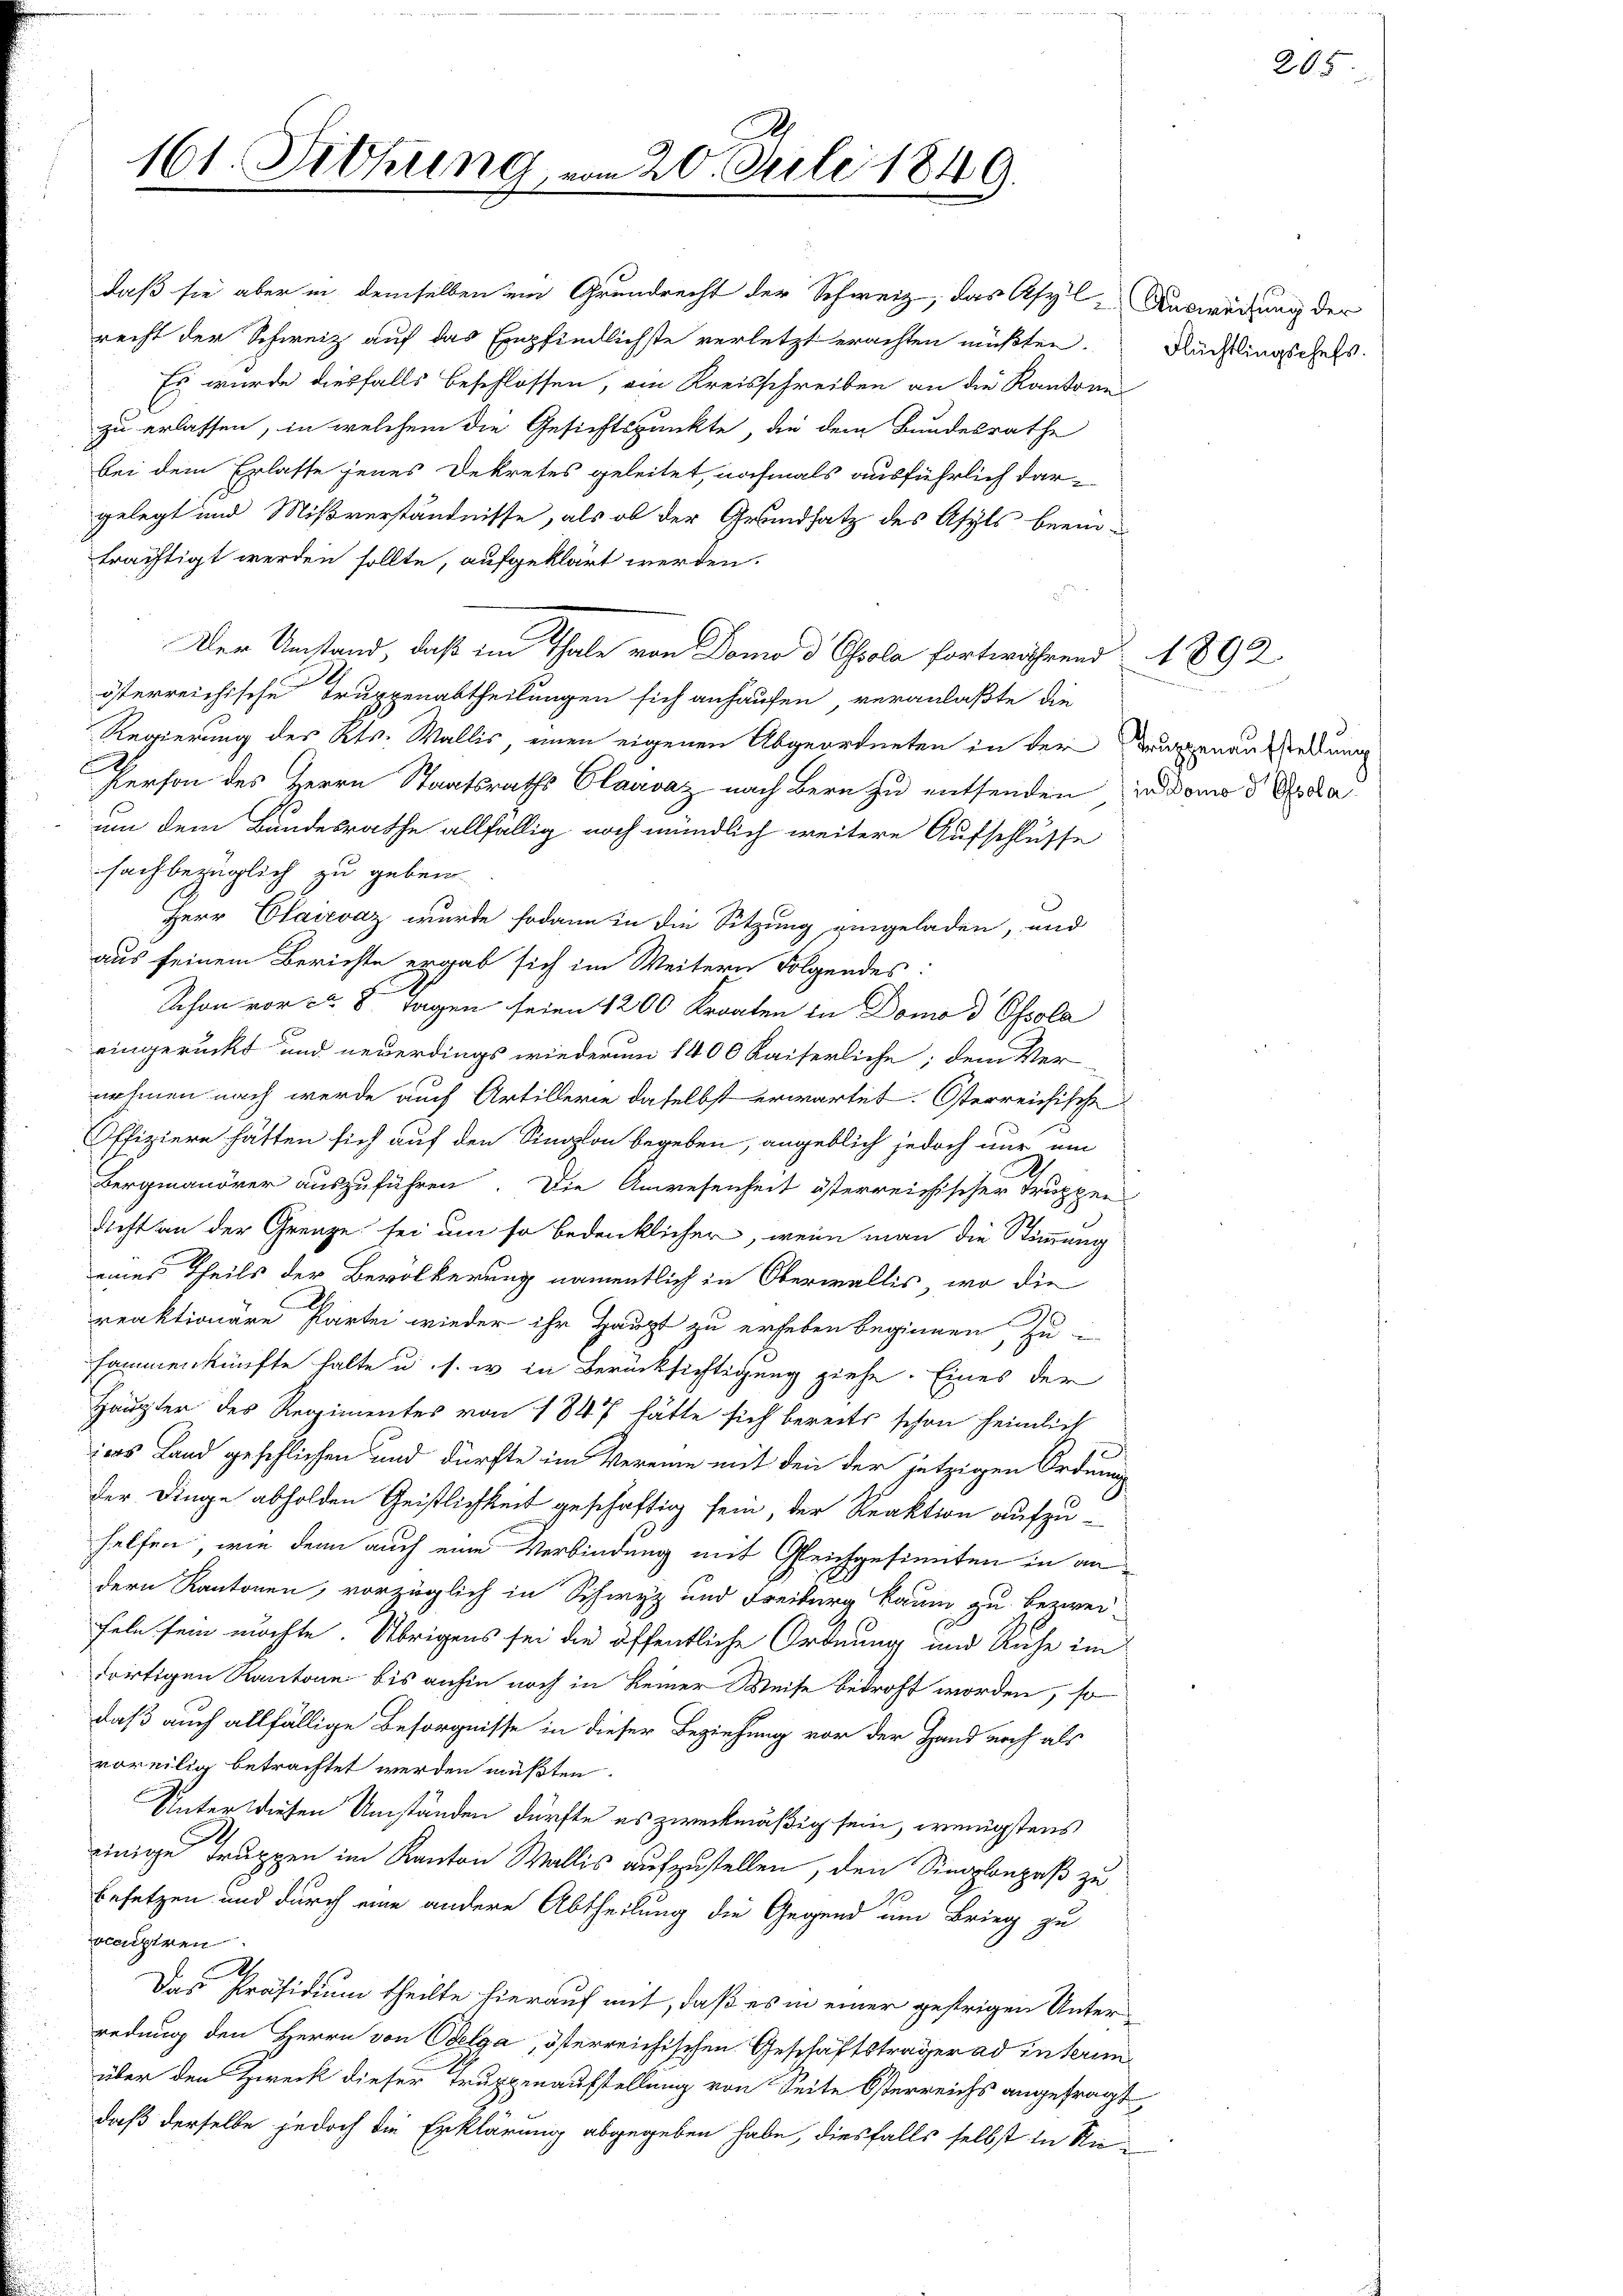
daß sie aber in demselben ein Grundrecht der Schweiz, das Asyl-Ausweisung der
recht der Schweiz auf das Empfindlichste verletzt erachten müßten.
Es wurde diesfalls beschlossen, am Kreisschreiben an die Kantone
zu erlassen, in welchem die Gesichtspunkte, die dem Bundesrathe
bei dem Erlasse jenes Dekretes geleitet, nochmals ausführlich dargelegt und Mißverständnisse, als ob der Grundsatz des Asyls beeinträchtigt werden sollte, aufgeklärt werden.
Der Umstand, daß im Thale von Domo d Gola fortwährend 892
österreichische Truppenabtheilungen sich anhausen, veranlaßte die
Regierung des Kts. Wallis, einen eigenen Abgeordneten in der Truppenausstellung
d
Person des Herrn Staatsraths Claavaz nach Bern zu entsenden in dem Geda
um dem Bandesrathe allfällig noch mündlich weitere Aufschlusse
sachbezüglich zu geben.
Herr Clairvaz wurde sodann in die Sitzung eingeladen, und
aus seinem Berichte ergab sich im Weitern Folgendes:
Schon vor ca 8 Tagen seien 1200 Kroaten in Domo d Ossola
eingerückt und neuerdings wiederum 1400 Kaiserliche; dem Ver-
nehmen nach werde auch Artillerie daselbst erwartet. Osterreichische
Offiziere hätten sich auf den Sinnlon begeben, angeblich jedoch nur um
Bergmanörer auszuführen. Die Anwesenheit österreichischer Truppen
dicht an der Grenze sei um so bedenklicher, wenn man die Stimmung
eines Theils der Bevölkerung namentlich in Oberwallis, wo die
reaktionäre Partei wieder ihr Haupt zu erheben beginnen, zu
sammenkünfte halte u. s. w. in Berücksichtigung ziehe. Eines der
Häupter des Regimentes von 1847 hätte sich bereits schon heimlich
d
iers Land geschlichen und dürfte im Vereine mit den der jetzigen Ordnung
der Dinge abholden Geistlichkeit geschäftig sein, der Reaktion aufzuhelfen, wie denn auch eine Verbindung mit Gleichgesinnten in an
dern Kantonen, vorzüglich in Schwyz und Freiburg kaum zu bezwei-
feln sein möchte. Übrigens sei die öffentliche Ordnung und Ruhe im
dortigen Kantone bis anhin noch in keiner Weise bedroht worden, so
daß auch allfällige Besorgnisse in dieser Beziehung vor der Hand noch als
voreilig betrachtet werden müßten.
Unter diesen Umständen dürfte es zweckmäßig sein, wenigstens
.
einige Truppen im Kanton Wallis aufzustellen, den Simplonzes zu
besetzen und durch eine andere Abtheilung die Gegend um Brieg zu
scastren
6
Das Präsidium theilte hierauf mit, daß es in einer gestrigen Unter-
redung den Herrn von Odelga, österreichischen Geschäftsträger ad interim
über den Zweck dieser Truppenaufstellung von Seite Österreichs angefragt
daß derselbe jedoch die Erklärung abgegeben habe, diesfalls selbst in Re¬

161. Sitzung, vom 20. Juli 1849.

205.

Flüchtlingschefs.

208